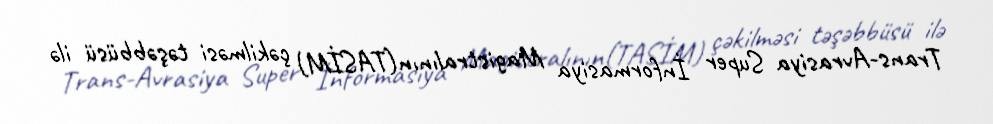
Trans-Avrasiya Super İnformasiya Magistralının(TASİM) çəkilməsi təşəbbüsü ilə